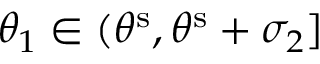
\theta _ { 1 } \in ( \theta ^ { \mathrm { s } } , \theta ^ { \mathrm { s } } + \sigma _ { 2 } ]